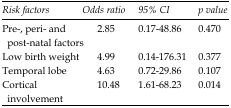
| Risk factors | Odds ratio | 95% CI | p value |
 | --- | --- | --- | --- |
 | Pre-, peri- and post-natal factors | 2.85 | 0.17-48.86 | 0.470 |
 | Low birth weight | 4.99 | 0.14-176.31 | 0.377 |
 | Temporal lobe | 4.63 | 0.72-29.86 | 0.107 |
 | Cortical involvement | 10.48 | 1.61-68.23 | 0.014 |